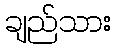
ချည်သား